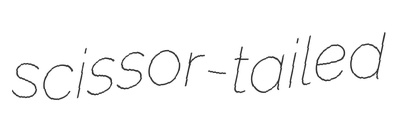
scissor-tailed